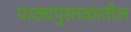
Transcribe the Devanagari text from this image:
पाठ्यपुस्तकातील